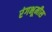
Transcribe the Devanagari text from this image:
रंगभूमीस